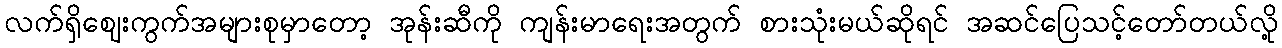
လက်ရှိဈေးကွက်အများစုမှာတော့ အုန်းဆီကို ကျန်းမာရေးအတွက် စားသုံးမယ်ဆိုရင် အဆင်ပြေသင့်တော်တယ်လို့